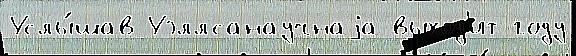
Услы́шав Уэллсанаучнаjа выход'ит году